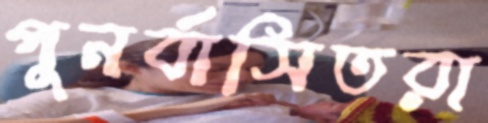
পুনর্বাসিতরা